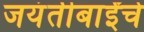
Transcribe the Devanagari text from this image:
जयंतीबाईंचे